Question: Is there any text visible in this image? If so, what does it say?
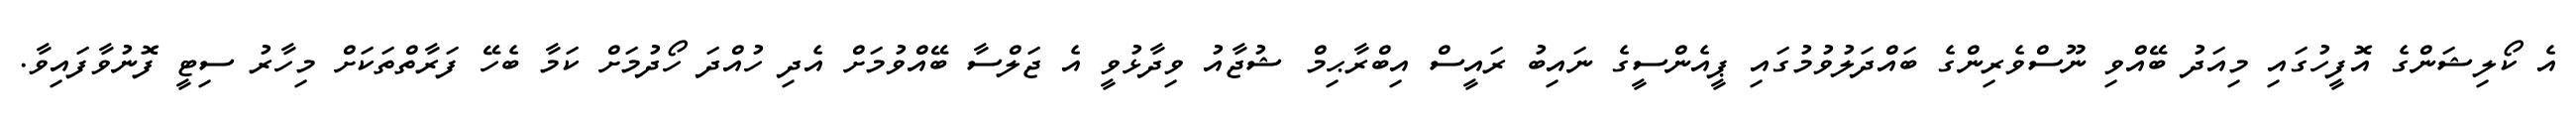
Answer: އެ ކޯލިޝަންގެ އޮފީހުގައި މިއަދު ބޭއްވި ނޫސްވެރިންގެ ބައްދަލުވުމުގައި ޕީއެންސީގެ ނައިބު ރައީސް އިބްރާޙިމް ޝުޖާއު ވިދާޅުވީ އެ ޖަލްސާ ބޭއްވުމަށް އެދި ހުއްދަ ހޯދުމަށް ކަމާ ބެހޭ ފަރާތްތަކަށް މިހާރު ސިޓީ ފޮނުވާފައިވާ.